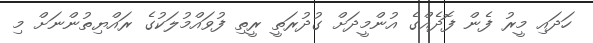
ހަދައި މީރު ފެން ފޮދެއްގެ އުންމީދަށް ގުދުރަތީ ރީތި ފުވައްމުލަކުގެ ރައްޔިތުންނަށް މި